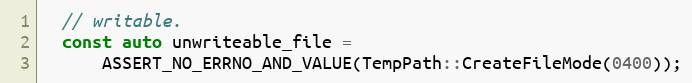
Language: C++
  // writable.
  const auto unwriteable_file =
      ASSERT_NO_ERRNO_AND_VALUE(TempPath::CreateFileMode(0400));